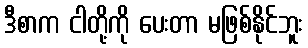
ဒီစာက ငါတို့ကို ပေးတာ မဖြစ်နိုင်ဘူး